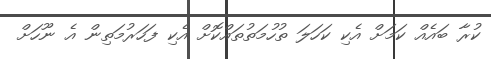
ކުރާ ބައެއް ކަމަށް އެކި ކަހަލަ ތުހުމަތުތައްކޮށް އެކި ފަހަރުމަތިން އެ ނޫހަށް